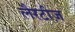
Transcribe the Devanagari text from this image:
लैरटीज़